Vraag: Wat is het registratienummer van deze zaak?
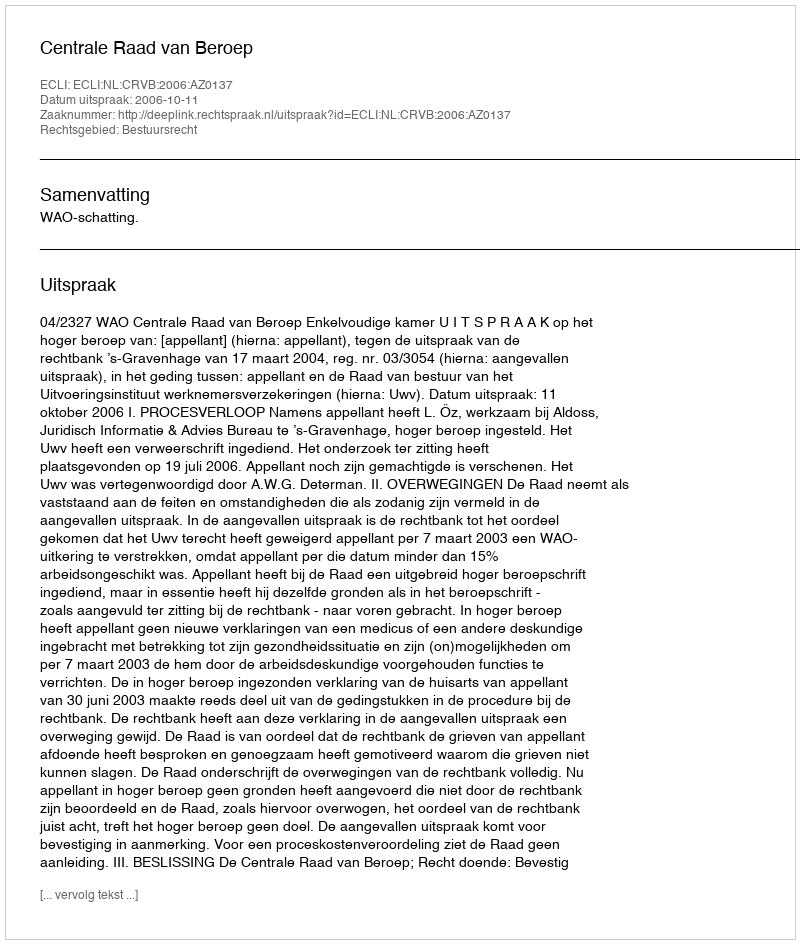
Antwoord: http://deeplink.rechtspraak.nl/uitspraak?id=ECLI:NL:CRVB:2006:AZ0137